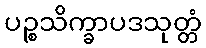
ပဉ္စသိက္ခာပဒသုတ္တံ